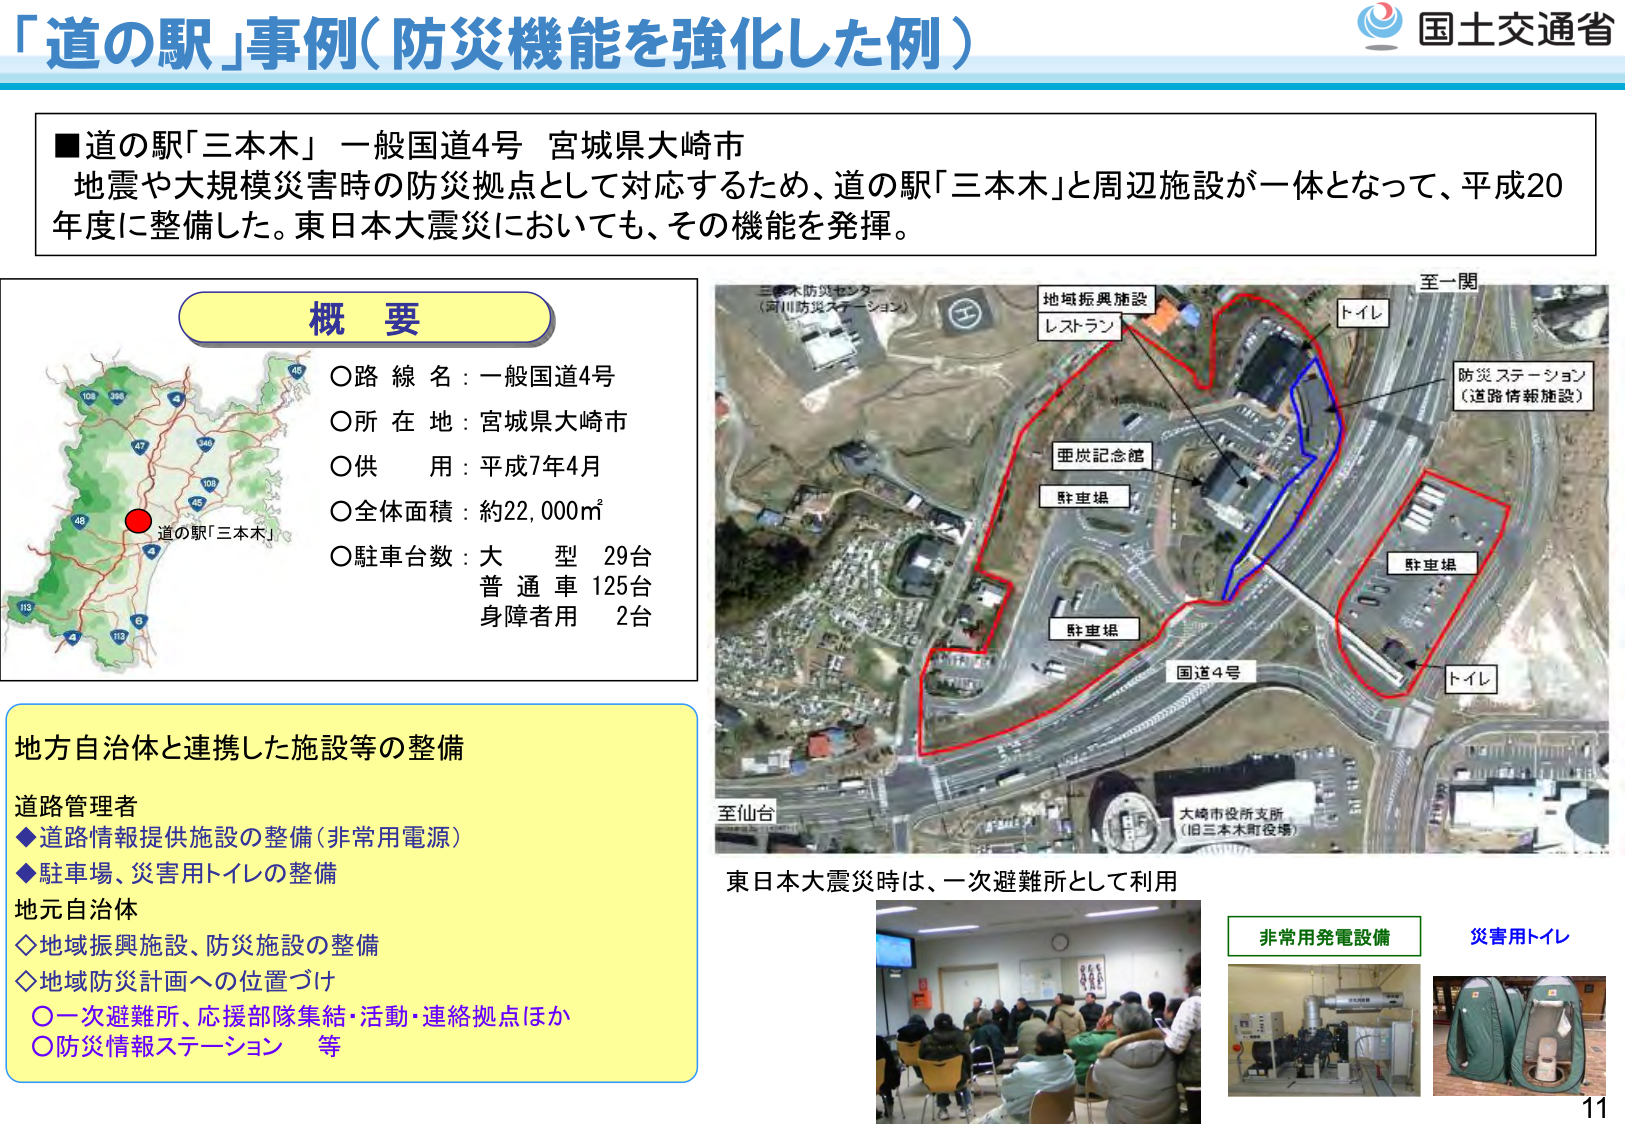
「道の駅」事例（防災機能を強化した例）

■道の駅「三本木」 一般国道4号 宮城県大崎市
地震や大規模災害時の防災拠点として対応するため、道の駅「三本木」と周辺施設が一体となって、平成20年度に整備した。東日本大震災においても、その機能を発揮。

概要
○路線名：一般国道4号
○所在地：宮城県大崎市
○供用：平成7年4月
○全体面積：約22,000㎡
○駐車台数：大型 29台
　　　　　　普通車 125台
　　　　　　身障者用 2台

地方自治体と連携した施設等の整備
道路管理者
◆道路情報提供施設の整備（非常用電源）
◆駐車場、災害用トイレの整備
地元自治体
◇地域振興施設、防災施設の整備
◇地域防災計画への位置づけ
○一次避難所、応援部隊集結・活動・連絡拠点ほか
○防災情報ステーション 等

三本木防災センター
（河川防災ステーション）
地域振興施設
レストラン
軍炭記念館
駐車場
駐車場
駐車場
国道4号
トイレ
防災ステーション
（道路情報施設）
トイレ
至一関
至仙台
大崎市役所支所
（旧三本木町役場）

東日本大震災時は、一次避難所として利用

非常用発電設備
災害用トイレ

国土交通省
11